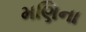
મણિના